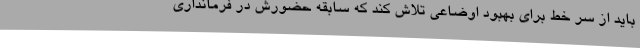
باید از سر خط برای بهبود اوضاعی تلاش کند که سابقه حضورش در فرمانداری